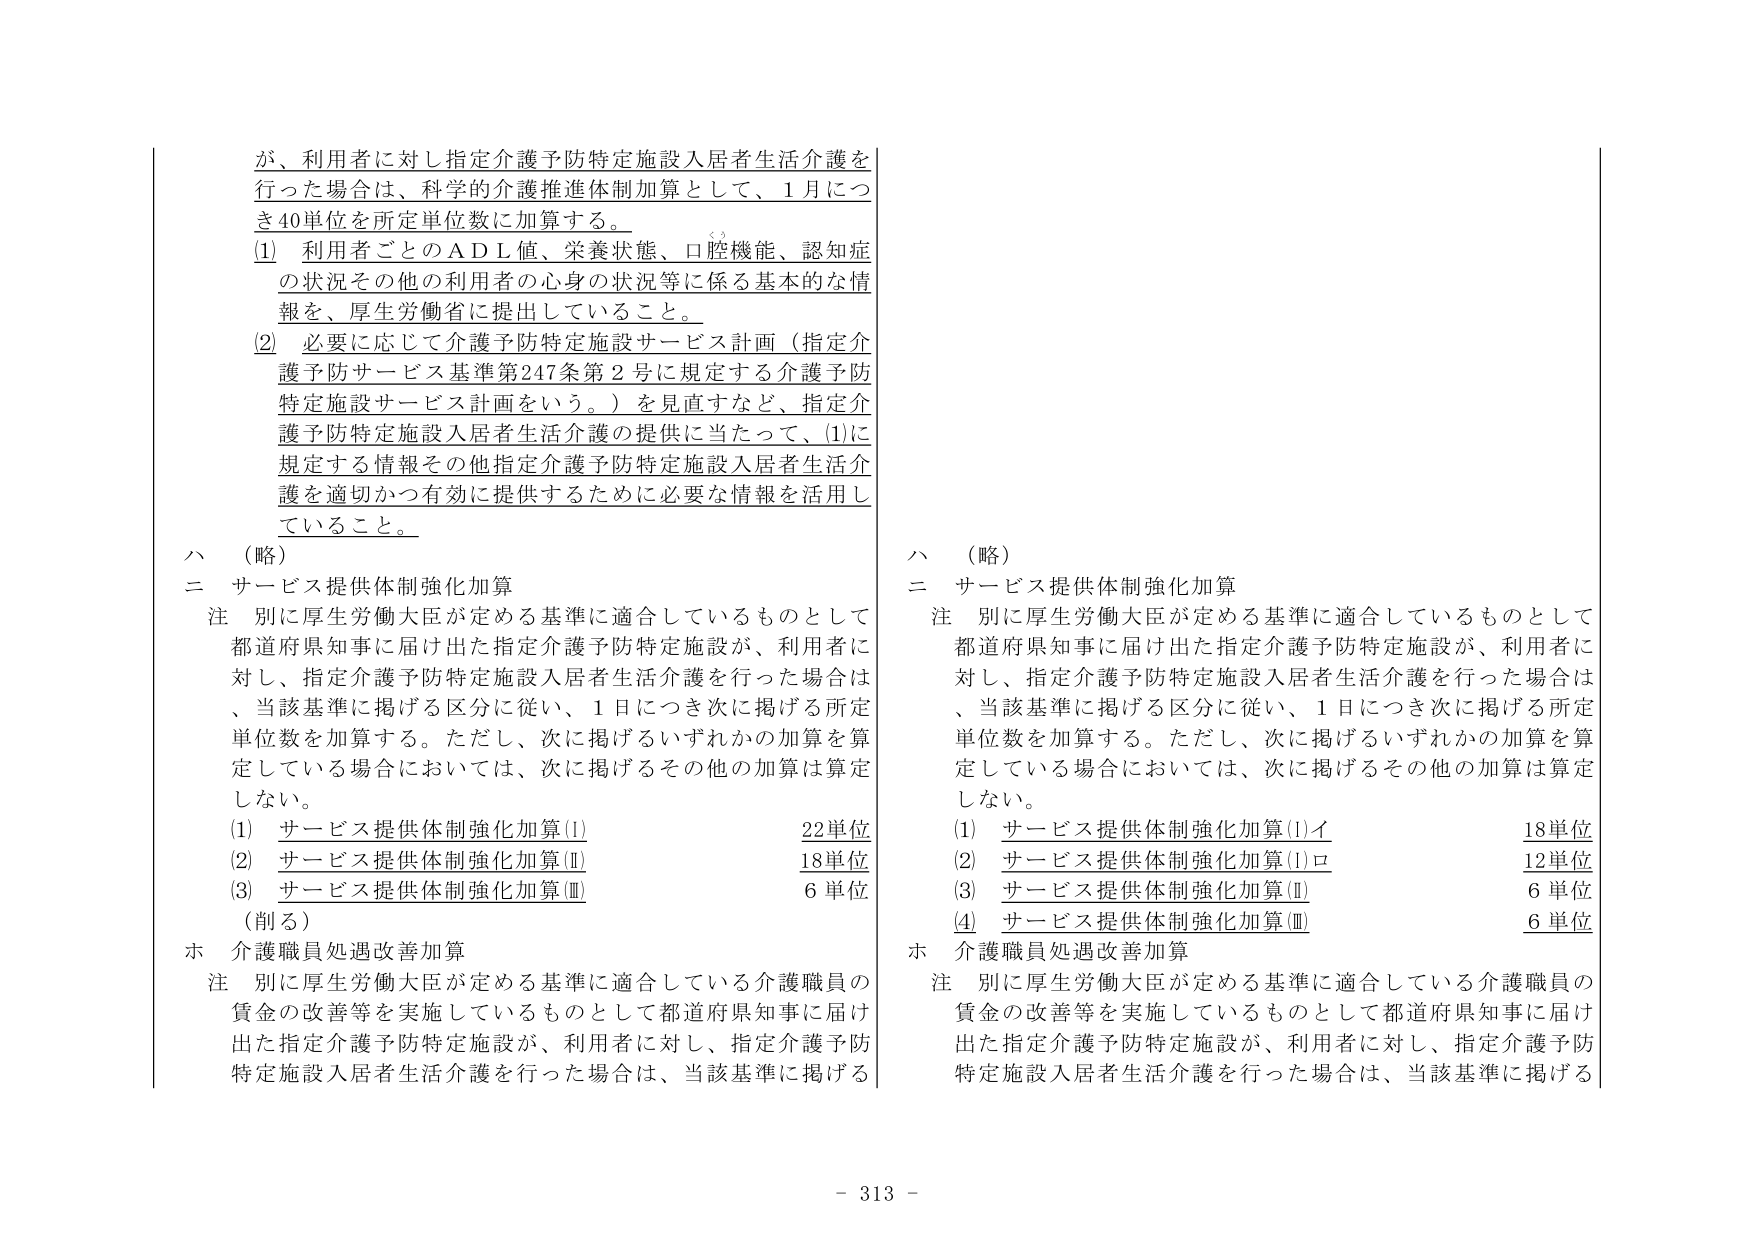
が、利用者に対し指定介護予防特定施設入居者生活介護を行った場合は、科学的介護推進体制加算として、1月につき40単位を所定単位数に加算する。

(1) 利用者ごとのＡＤＬ値、栄養状態、口腔機能、認知症の状況その他の利用者の心身の状況等に係る基本的な情報を、厚生労働省に提出していること。

(2) 必要に応じて介護予防特定施設サービス計画（指定介護予防サービス基準第247条第2号に規定する介護予防特定施設サービス計画をいう。）を見直すなど、指定介護予防特定施設入居者生活介護の提供に当たって、(1)に規定する情報その他指定介護予防特定施設入居者生活介護を適切かつ有効に提供するために必要な情報を活用していること。

ハ （略）

二 サービス提供体制強化加算

注 別に厚生労働大臣が定める基準に適合しているものとして都道府県知事に届け出た指定介護予防特定施設が、利用者に対し、指定介護予防特定施設入居者生活介護を行った場合は、当該基準に掲げる区分に従い、1日につき次に掲げる所定単位数を加算する。ただし、次に掲げるいずれかの加算を算定している場合においては、次に掲げるその他の加算は算定しない。

(1) サービス提供体制強化加算(Ⅰ) 22単位
(2) サービス提供体制強化加算(Ⅱ) 18単位
(3) サービス提供体制強化加算(Ⅲ) 6単位

（削る）

ホ 介護職員処遇改善加算

注 別に厚生労働大臣が定める基準に適合している介護職員の賃金の改善等を実施しているものとして都道府県知事に届け出た指定介護予防特定施設が、利用者に対し、指定介護予防特定施設入居者生活介護を行った場合は、当該基準に掲げる

ハ （略）

二 サービス提供体制強化加算

注 別に厚生労働大臣が定める基準に適合しているものとして都道府県知事に届け出た指定介護予防特定施設が、利用者に対し、指定介護予防特定施設入居者生活介護を行った場合は、当該基準に掲げる区分に従い、1日につき次に掲げる所定単位数を加算する。ただし、次に掲げるいずれかの加算を算定している場合においては、次に掲げるその他の加算は算定しない。

(1) サービス提供体制強化加算(Ⅰ)イ 18単位
(2) サービス提供体制強化加算(Ⅰ)ロ 12単位
(3) サービス提供体制強化加算(Ⅱ) 6単位
(4) サービス提供体制強化加算(Ⅲ) 6単位

ホ 介護職員処遇改善加算

注 別に厚生労働大臣が定める基準に適合している介護職員の賃金の改善等を実施しているものとして都道府県知事に届け出た指定介護予防特定施設が、利用者に対し、指定介護予防特定施設入居者生活介護を行った場合は、当該基準に掲げる

- 313 -